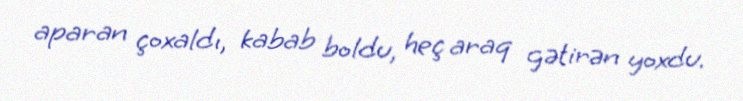
aparan çoxaldı, kabab boldu, heç araq gətirən yoxdu.